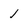
Character: 1